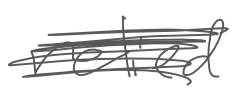
Text: relied
Cross-out: scratch
Writing tool: digital_gray